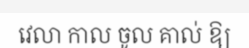
វេលា កាល ចូល គាល់ ឱ្យ